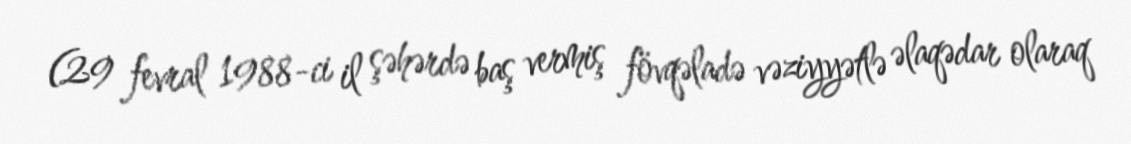
(29 fevral 1988-ci il şəhərdə baş vermiş fövqəladə vəziyyətlə əlaqədar olaraq